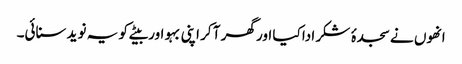
انھوں نے سجدۂ شکر ادا کیا اور گھر آ کر اپنی بہو اور بیٹے کو یہ نوید سنائی۔